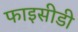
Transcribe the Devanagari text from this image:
फाइसीडी